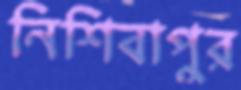
নিশিবাপুর